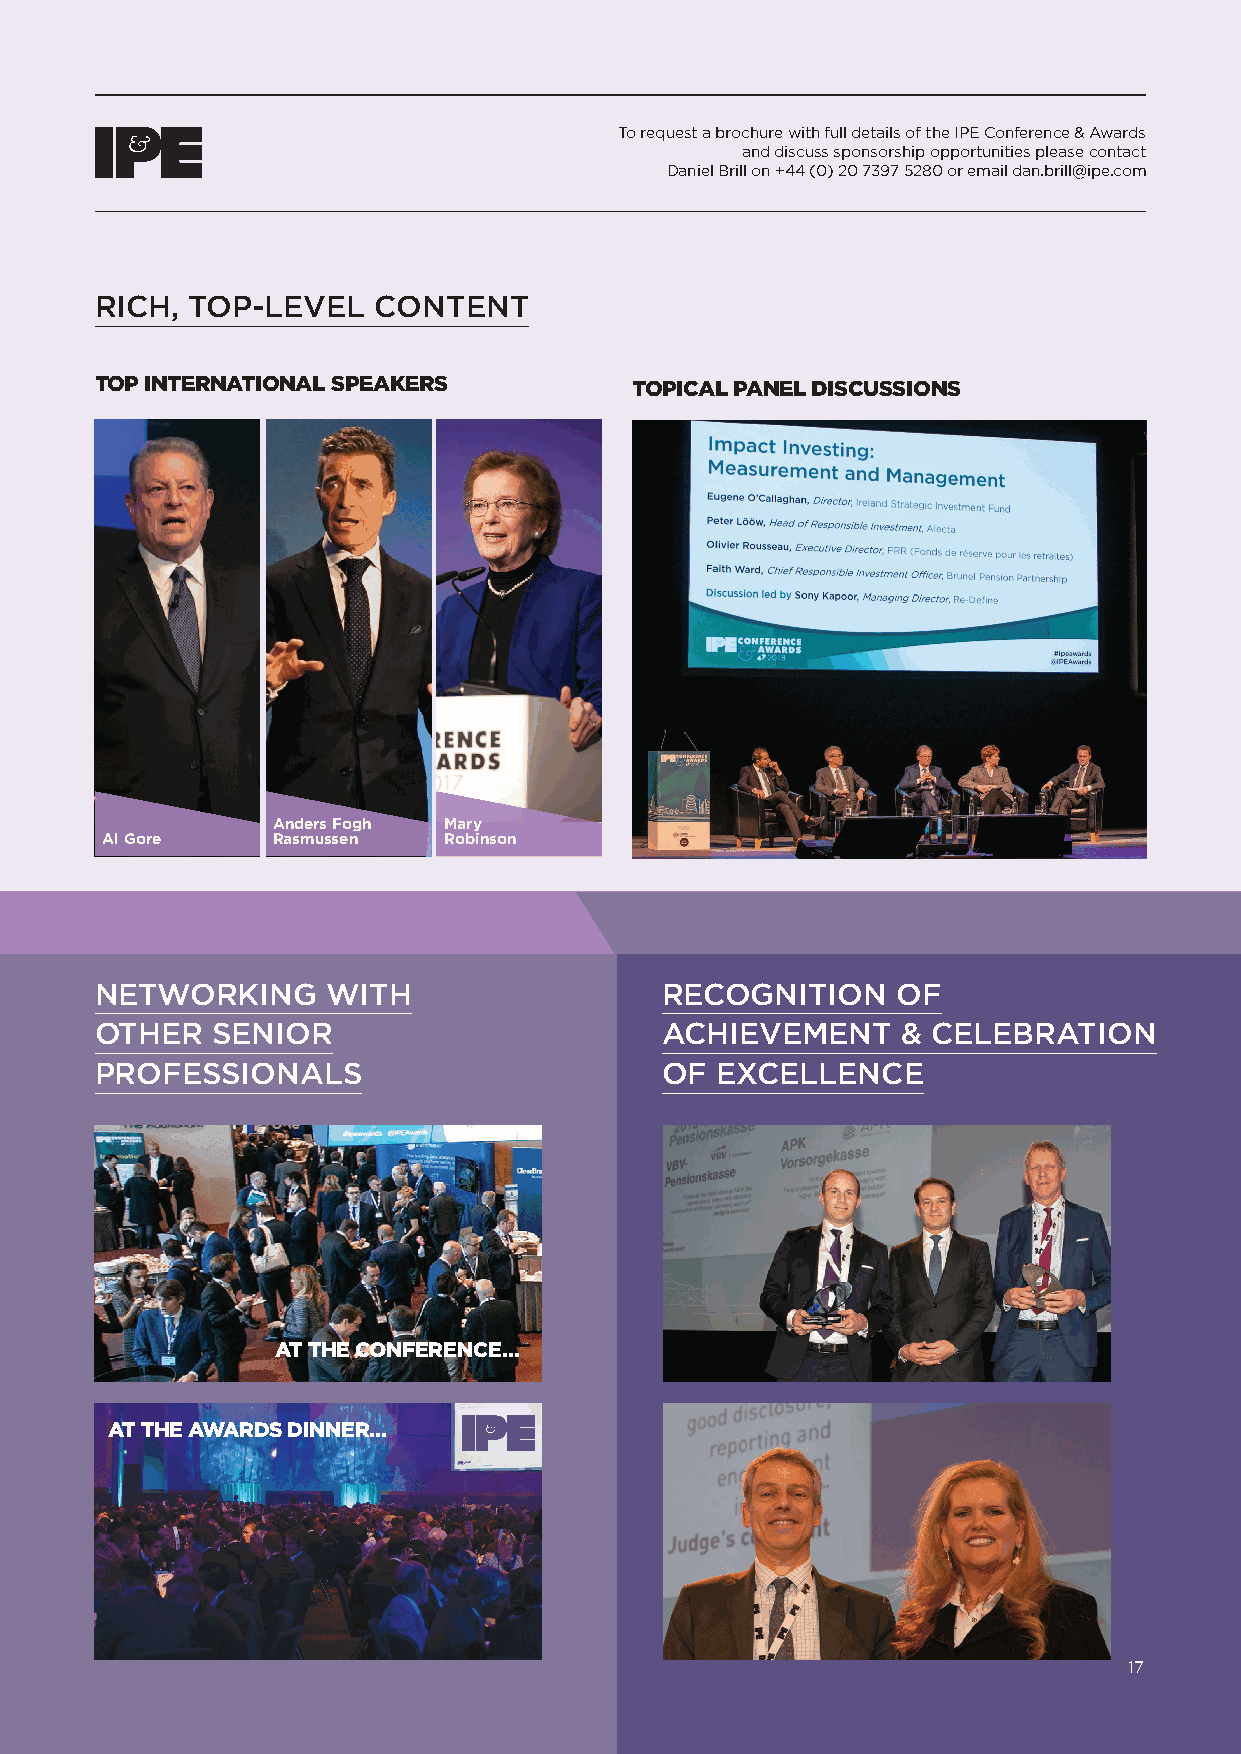
To request a brochure with full details of the IPE Conference & Awards
 and discuss sponsorship opportunities please contact
 Daniel Brill on +44 (0) 20 7397 5280 or email dan.brill@ipe.com
 RICH, TOP-LEVEL    CONTENT
 TOP INTERNATIONAL SPEAKERS          TOPICAL PANEL DISCUSSIONS
 Anders Fogh Mary
 Al Gore    Rasmussen  Robinson
 NETWORKING      WITH                  RECOGNITION    OF
 OTHER   SENIOR                        ACHIEVEMENT     & CELEBRATION
 PROFESSIONALS                         OF EXCELLENCE
 AT THE CONFERENCE…
 AT THE AWARDS DINNER...
 17